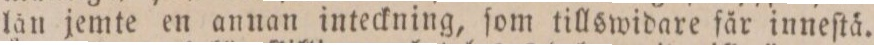
lån jemte en annan inteckning, ſom tillswidare får inneſtå.